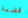
قضمة